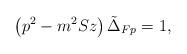
LaTeX: \begin{align*}\left( p^2-m^2Sz\right) \tilde{\Delta}_{Fp}=1,\end{align*}